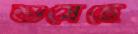
শুষেছে